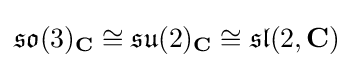
{\mathfrak {so}}(3)_{\mathbf {C} }\cong {\mathfrak {su}}(2)_{\mathbf {C} }\cong {\mathfrak {sl}}(2,\mathbf {C} )